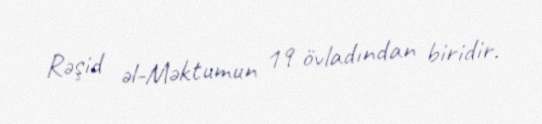
Rəşid əl-Məktumun 19 övladından biridir.